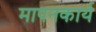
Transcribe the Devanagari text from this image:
मापनकार्य